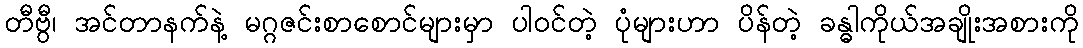
တီဗွီ၊ အင်တာနက်နဲ့ မဂ္ဂဇင်းစာစောင်များမှာ ပါဝင်တဲ့ ပုံများဟာ ပိန်တဲ့ ခန္ဓါကိုယ်အချိုးအစားကို